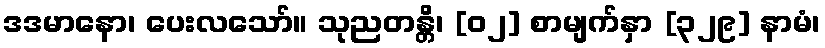
ဒဒမာနော၊ ပေးလသော်။ သုညတန္တိ၊ [၀၂] စာမျက်နှာ [၃၂၉] နာမံ၊